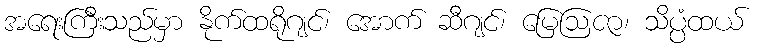
အရေးကြီးသည်မှာ နိုက်ထရိုဂျင်၊ အောက် ဆီဂျင်၊ မြေဩဇာ၊ သိပ္ပံထယ်